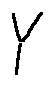
Y